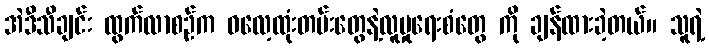
အဲဒီသီချင်း ထွက်လာစဉ်က ဓလေ့ထုံးတမ်းတွေနဲ့လူမှုရေးစံတွေ ကို ချန်ထားခဲ့တယ်။ သူရဲ့